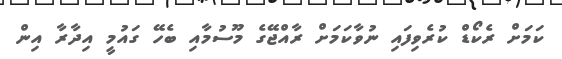
ކަމަށް ރެކޯޑް ކުރެވިފައި ނުވާކަމަށް ރާއްޖޭގެ މޫސުމާއި ބެހޭ ގައުމީ އިދާރާ އިން